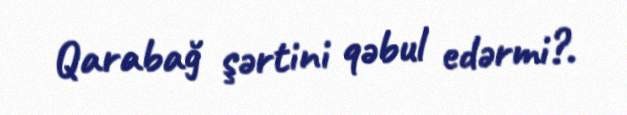
Qarabağ şərtini qəbul edərmi?.